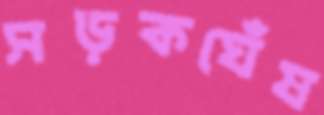
সড়কঘেঁষ